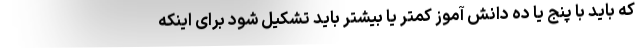
که باید با پنج یا ده دانش آموز کمتر یا بیشتر باید تشکیل شود برای اینکه